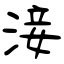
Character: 淁